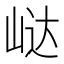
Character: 𭖟